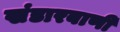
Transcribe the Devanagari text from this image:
खंडारबाणी